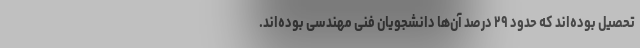
تحصیل بوده‌اند که حدود ۲۹ درصد آن‌ها دانشجویان فنی مهندسی بوده‌اند.